Indian journal of veterinary science and animal husbandry - Volume 10,
Year: 1940
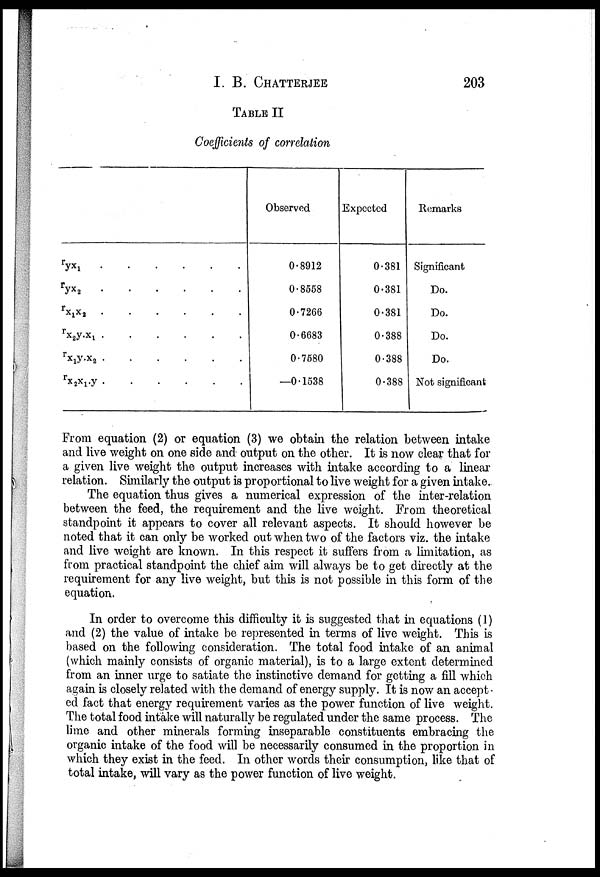
I. B.
CHATTERJEE
203
TABLE II
Coefficients of correlation
r yx 1
r yx 2
r x 1 x 2
......
r x 2 y.x 1
r x 1 y.x 2
r x 2 x 1 .y
Observed
0.8912
0.8558
0.7266
0.6683
0.7580
—0.1538
Expected
0.381
0.381
0.381
0.388
0.388
0.388
Remarks
Significant
Do.
Do.
Do.
Do.
Not significant
From equation (2) or equation (3) we obtain the relation between intake
and live weight on one side and output on the other. It is now clear that for
a given live weight the output increases with intake according to a linear
relation. Similarly the output is proportional to live weight for a given intake.
The equation thus gives a numerical expression of the inter-relation
between the feed, the requirement and the live weight. From theoretical
standpoint it appears to cover all relevant aspects. It should however be
noted that it can only be worked out when two of the factors viz. the intake
and live weight are known. In this respect it suffers from a limitation, as
from practical standpoint the chief aim will always be to get directly at the
requirement for any live weight, but this is not possible in this form of the
equation.
In order to overcome this difficulty it is suggested that in equations (1)
and (2) the value of intake be represented in terms of live weight. This is
based on the following consideration. The total food intake of an animal
(which mainly consists of organic material), is to a large extent determined
from an inner urge to satiate the instinctive demand for getting a fill which
again is closely related with the demand of energy supply. It is now an accept-
ed fact that energy requirement varies as the power function of live weight.
The total food intake will naturally be regulated under the same process. The
lime and other minerals forming inseparable constituents embracing the
organic intake of the food will be necessarily consumed in the proportion in
which they exist in the feed. In other words their consumption, like that of
total intake, will vary as the power function of live weight.